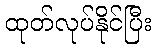
ထုတ်လုပ်နိုင်ပြီး